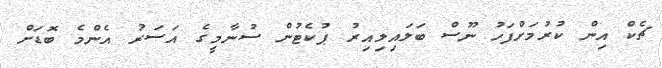
ޗެކް އިން ކުރުމަށްފަހު ނޫސް ބަލައިލިއިރު ޕުކެޓުން ސުނާމީގެ އަސަރު އެންމެ ބޮޑަށް